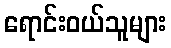
ရောင်းဝယ်သူများ